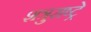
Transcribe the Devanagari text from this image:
शत्रुराष्ट्रे